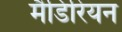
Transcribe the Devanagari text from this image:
मैडिरियन